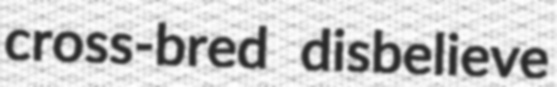
cross-bred disbelieve